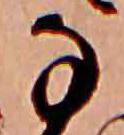
な